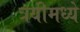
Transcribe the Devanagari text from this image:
त्रयीमध्ये